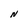
Character: N